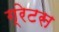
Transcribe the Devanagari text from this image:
ग्रेटस